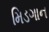
મિડગાન